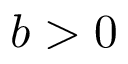
b > 0